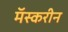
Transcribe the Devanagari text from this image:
मॅस्करीन